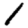
Digit: 1